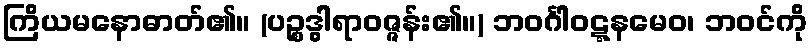
ကြိယမနောဓာတ်၏။ (ပဉ္စဒွါရာဝဇ္ဇန်း၏။) ဘဝင်္ဂါဝဋ္ဋနမေဝ၊ ဘဝင်ကို